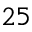
2 5